Notes on vaccination in the North-West Frontier Province 1923-1928 - 1923-1928
Year: 1923
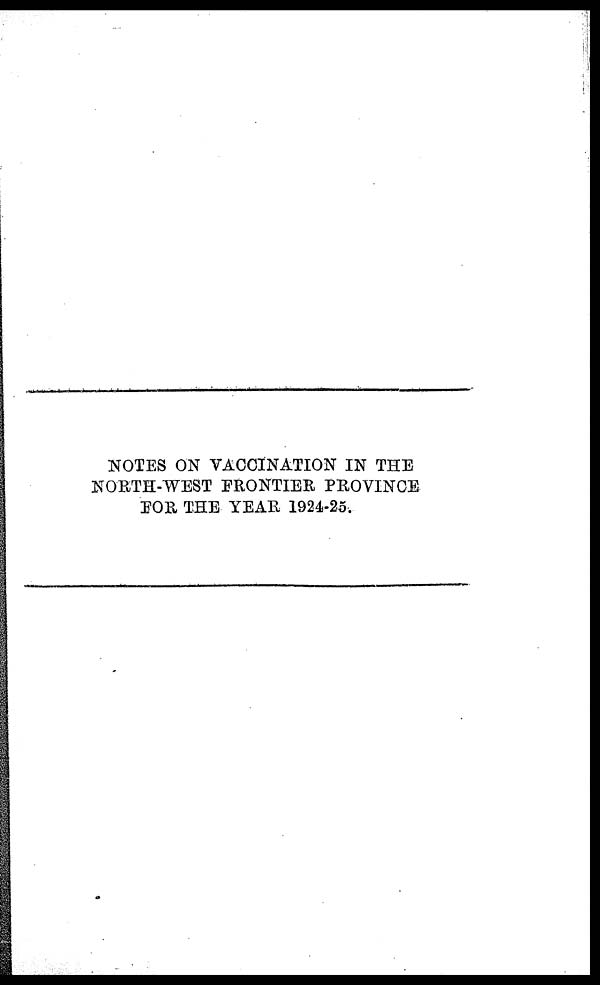
NOTES ON VACCINATION IN THE
NORTH-WEST FRONTIER PROVINCE
FOR THE YEAR 1924-25.